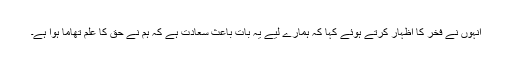
انہوں نے فخر کا اظہار کرتے ہوئے کہا کہ ہمارے لیے یہ بات باعث سعادت ہے کہ ہم نے حق کا علم تھاما ہوا ہے۔